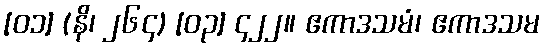
[၀၁] (နိ၊ ၂၆၄) [၀၃] ၄၂၂။ ဧကာဒသမံ၊ ဧကာဒသမ